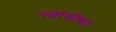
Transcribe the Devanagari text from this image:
रत्नांसोबत